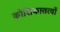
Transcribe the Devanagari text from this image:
कोशिकातत्वों